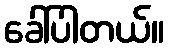
ခေါ်ပါတယ်။